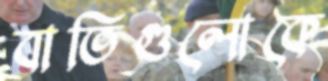
বাতিগুলোকে